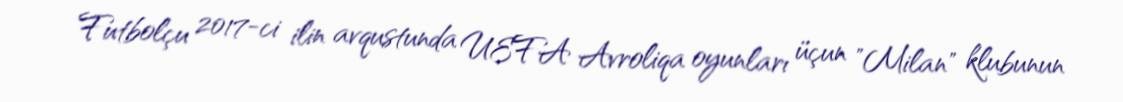
Futbolçu 2017-ci ilin avqustunda UEFA Avroliqa oyunları üçun "Milan" klubunun